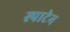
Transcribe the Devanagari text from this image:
स्पाटेन